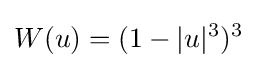
W(u)=(1-|u|^{3})^{3}